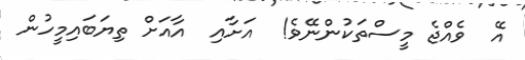
އޭ  ވެއްޖެ މީސްތަކުންނޭވެ!  އަށާއި  އާއަށް ތިޔަބައިމީހުން